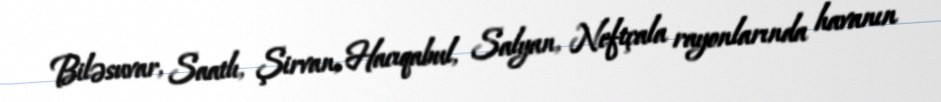
Biləsuvar, Saatlı, Şirvan, Hacıqabul, Salyan, Neftçala rayonlarında havanın